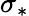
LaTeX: \sigma_{\ast}